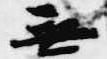
無